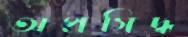
অপ্রসিদ্ধ